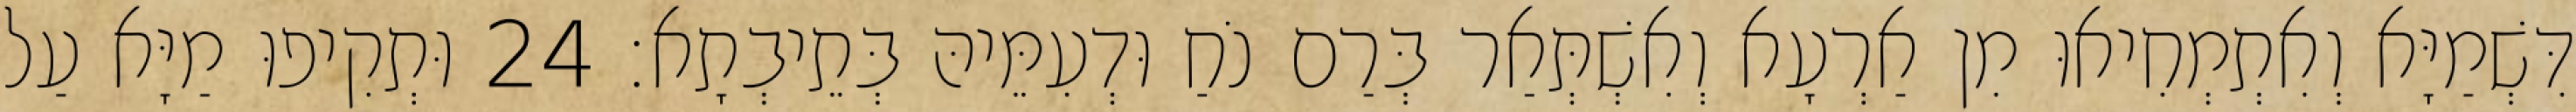
דִּשְׁמַיָּא וְאִתְמְחִיאוּ מִן אַרְעָא וְאִשְׁתְּאַר בְּרַם נֹחַ וּדְעִמֵּיהּ בְּתֵיבְתָא׃ 24 וּתְקִיפוּ מַיָּא עַל